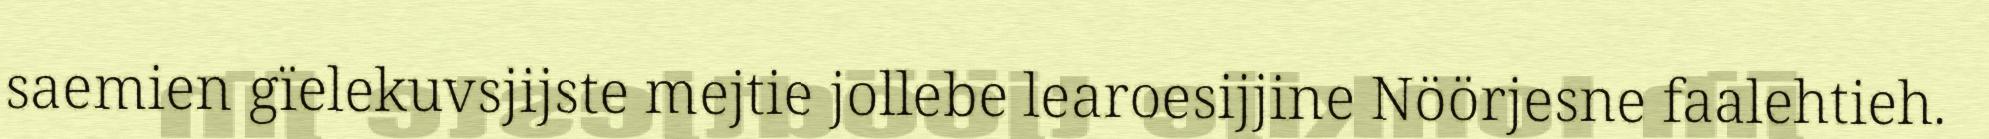
saemien gïelekuvsjijste mejtie jollebe learoesijjine Nöörjesne faalehtieh.